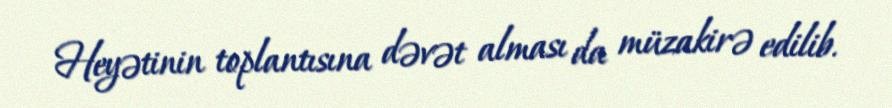
Heyətinin toplantısına dəvət alması da müzakirə edilib.